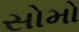
સોમો